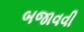
બજાવવી